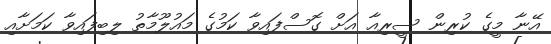
އޭނާ މީގެ ކުރިން ސީރިއާ އަށް ގޮސްފައިވާ ކަމުގެ މައުލޫމާތު ލިބިފައިވާ ކަމަށާއި